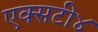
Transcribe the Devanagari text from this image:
एक्सटी४